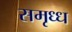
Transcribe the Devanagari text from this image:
समृध्ध